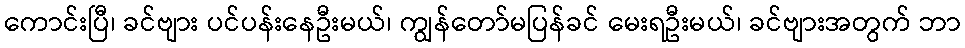
ကောင်းပြီ၊ ခင်ဗျား ပင်ပန်းနေဦးမယ်၊ ကျွန်တော်မပြန်ခင် မေးရဦးမယ်၊ ခင်ဗျားအတွက် ဘာ